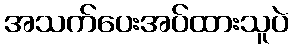
အသက်ပေးအပ်ထားသူပဲ